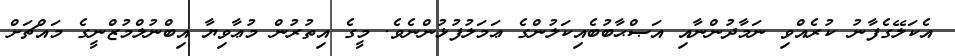
އެކަލޭގެފާނު ކުރެއްވި ނަމާދުންނާއި އަޞްޙާބުބެއިކަލުންގެ ޢަމަލުފުޅުންނެވެ. މީގެ އިތުރުން މުޢާވިޔާ އިބްނުލްމުޒްނީގެ މައްޗަށް